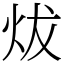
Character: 炦